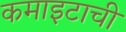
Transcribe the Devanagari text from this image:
कमाइटाची